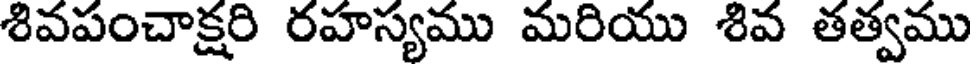
శివపంచాక్షరి రహస్యము మరియు శివ తత్వము